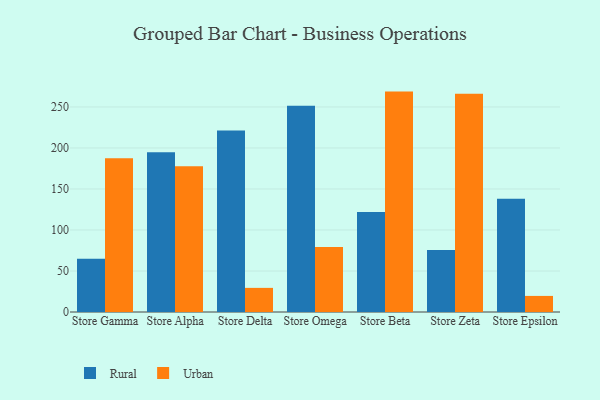
{"axis": {"x": "Store", "y": "Active Users"}, "legend": ["Rural", "Urban"], "data": [{"x": "Store Gamma", "y": 64.9, "type": "Rural"}, {"x": "Store Gamma", "y": 187.3, "type": "Urban"}, {"x": "Store Alpha", "y": 194.7, "type": "Rural"}, {"x": "Store Alpha", "y": 177.7, "type": "Urban"}, {"x": "Store Delta", "y": 221.3, "type": "Rural"}, {"x": "Store Delta", "y": 29.4, "type": "Urban"}, {"x": "Store Omega", "y": 251.3, "type": "Rural"}, {"x": "Store Omega", "y": 79.2, "type": "Urban"}, {"x": "Store Beta", "y": 121.8, "type": "Rural"}, {"x": "Store Beta", "y": 268.7, "type": "Urban"}, {"x": "Store Zeta", "y": 75.6, "type": "Rural"}, {"x": "Store Zeta", "y": 266.2, "type": "Urban"}, {"x": "Store Epsilon", "y": 138.2, "type": "Rural"}, {"x": "Store Epsilon", "y": 19.6, "type": "Urban"}]}